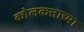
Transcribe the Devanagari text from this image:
कोलकत्ताच्या